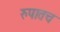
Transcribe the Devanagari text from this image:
रुपातच